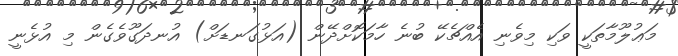
މަޢުލޫމާތަކީ ވަކި މިވެނި އެއްޗެކޭ ބުނެ ހާމަކޮށްދޭން (އަޅުގަނޑަށް) އުނދަގޫވެގެން މި އުޅެނީ